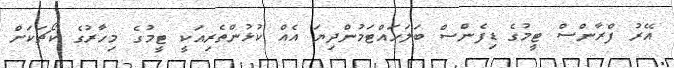
އޭރު ފްރާންސް ޓީމުގެ ޑިފެންސް ބަލަހައްޓަމުންދިޔަ އެއް ކުޅުންތެރިއަކީ ޓީމުގެ މިހާރުގެ ކޯޗަކަށް